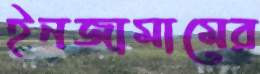
ইনজামামের